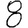
Digit: 8